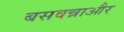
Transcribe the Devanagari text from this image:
बसवन्नाऔर